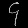
Digit: ၄